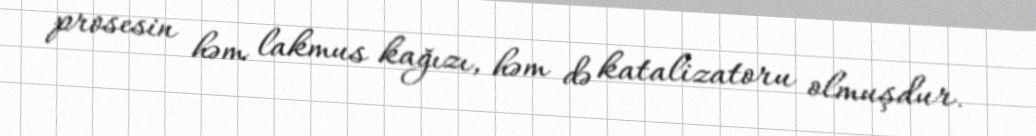
prosesin həm lakmus kağızı, həm də katalizatoru olmuşdur.